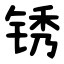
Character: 锈